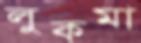
লুকমা